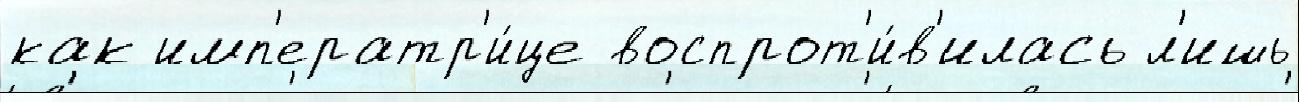
как имп'ератр'и́це воспрот'и́в'илась л'ишь